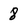
Character: 8